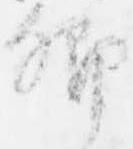
郷